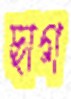
ছাগ